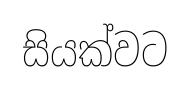
සියක්වට